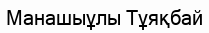
Манашыұлы Тұяқбай